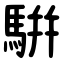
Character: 騈